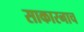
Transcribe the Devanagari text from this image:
साकारनाच